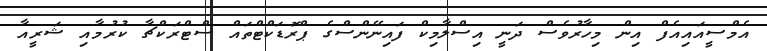
އެމްސީއައިއެފް އިން މިހާރުވެސް ދަނީ އިސްލާމިކް ފައިނޭންސްގެ ޕްރޮޑަކްޓްތައް ސްޓްރަކްޗާ ކުރުމާއި ޝަރީއާ